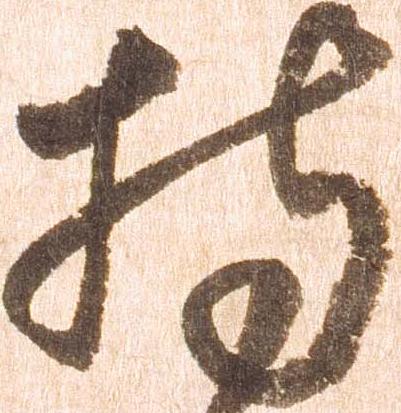
持